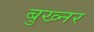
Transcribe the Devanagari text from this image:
बुख्नर